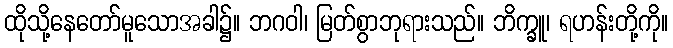
ထိုသို့နေတော်မူသောအခါ၌။ ဘဂဝါ၊ မြတ်စွာဘုရားသည်။ ဘိက္ခူ၊ ရဟန်းတို့ကို။